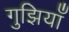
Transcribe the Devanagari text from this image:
गुझियाँ